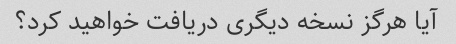
آیا هرگز نسخه دیگری دریافت خواهید کرد؟